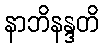
နာဘိနန္ဒတိ